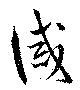
誡